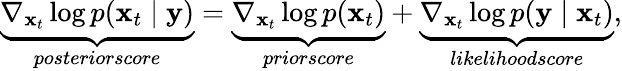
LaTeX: \begin{array}{r}{\underbrace{\nabla_{{\mathbf{x}}_{t}}\log{p({\mathbf{x}}_{t}\mid{\mathbf{y}})}}_{\textit{posteriorscore}}=\underbrace{\nabla_{{\mathbf{x}}_{t}}\log{p({\mathbf{x}}_{t})}}_{\textit{priorscore}}+\underbrace{\nabla_{{\mathbf{x}}_{t}}\log{p({\mathbf{y}}\mid{\mathbf{x}}_{t}})}_{\textit{likelihoodscore}},}\end{array}